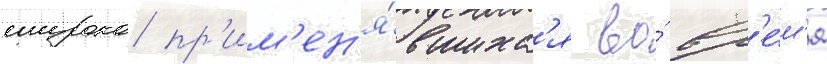
широко пр'им'ен'я́вшихс'я во́ вр'е́м'я